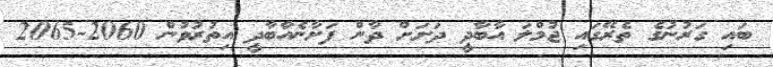
ބައި ގަރުނުގެ ތެރޭގައި ޖުމްލަ އާބާދީ ދަށަށް ދާން ފަށާނެއާބާދީ އިތުރުވުން 2060-2065